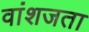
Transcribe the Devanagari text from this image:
वांशजता